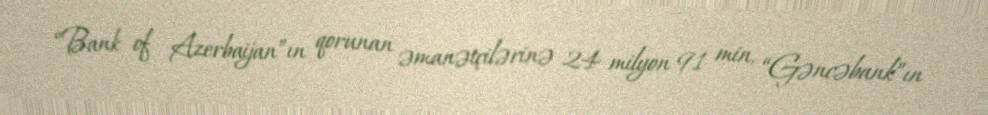
“Bank of Azerbaijan”ın qorunan əmanətçilərinə 24 milyon 91 min, “Gəncəbank”ın